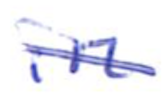
Text: in
Cross-out: diagonal
Writing tool: ballpoint